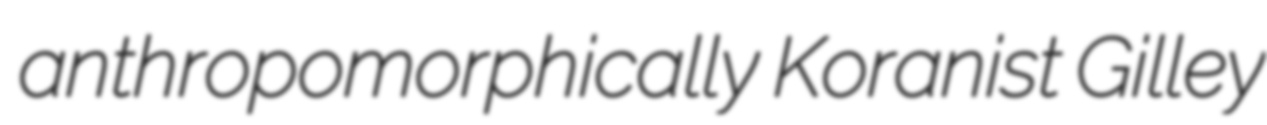
anthropomorphically Koranist Gilley